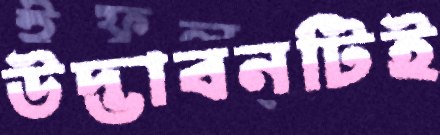
উদ্ভাবনটিই